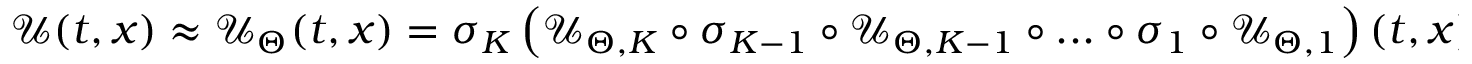
\mathcal { U } ( t , x ) \approx \mathcal { U } _ { \Theta } ( t , x ) = \sigma _ { K } \left( \mathcal { U } _ { \Theta , K } \circ \sigma _ { K - 1 } \circ \mathcal { U } _ { \Theta , K - 1 } \circ . . . \circ \sigma _ { 1 } \circ \mathcal { U } _ { \Theta , 1 } \right) ( t , x ) ,